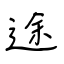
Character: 途